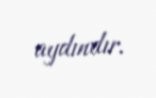
aydındır.